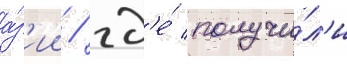
а́з'ии / гд'е́ получи́л'и